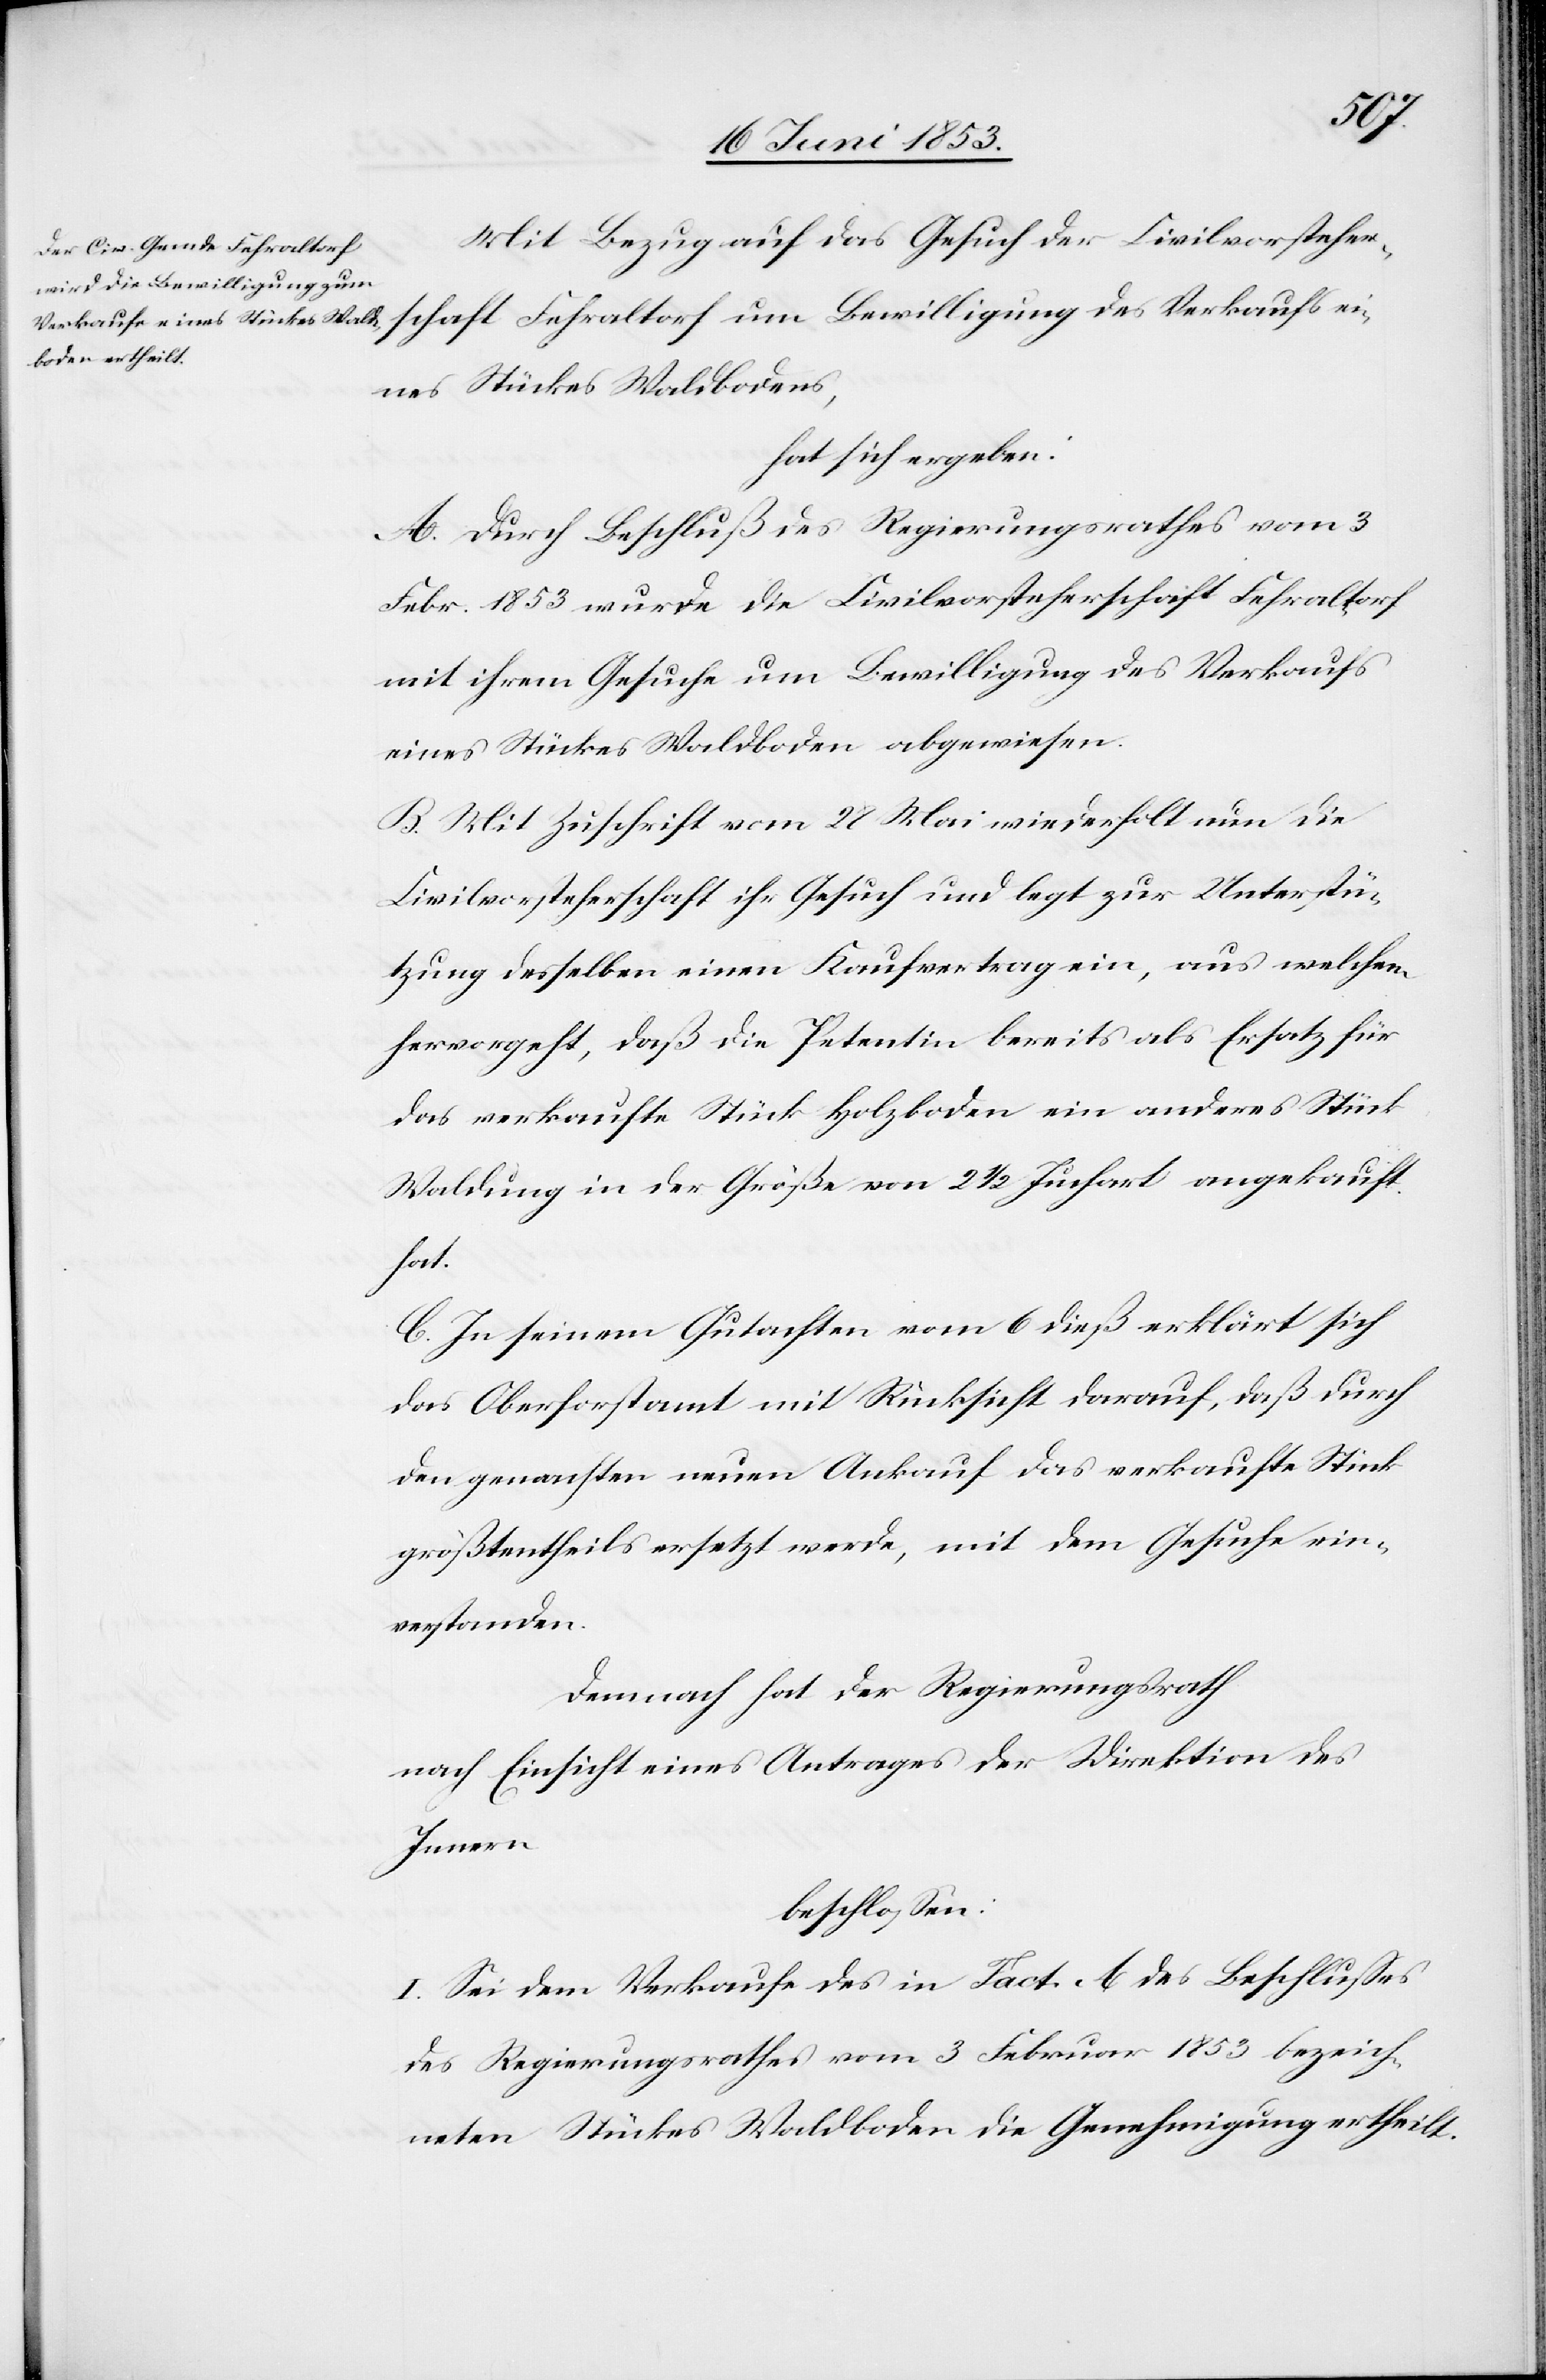
Mit Bezug auf das Gesuch der Civilvorsteher¬
eines Stückes Waldbodens,
hat sich ergeben:
A. Durch Beschluß des Regierungsrathes vom 3
Febr. 1853 wurde die Civilvorsteherschaft Fehraltorf
mit ihrem Gesuche um Bewilligung des Verkaufs
eines Stückes Waldboden abgewiesen.
B. Mit Zuschrift vom 28 Mai wiederholt nun die
Civilvorsteherschaft ihr Gesuch und legt zur Unterstü¬
tzung desselben einen Kaufvertrag ein, aus welchem
hervorgeht, daß die Petentin bereits als Ersatz für
das verkaufte Stück Holzboden ein anderes Stück
Waldung in der Größe von 2 1/2 Juchart angekauft
hat.
C. In seinem Gutachten vom 6 dieß erklärt sich
das Oberforstamt mit Rücksicht darauf, daß durch
den gemachten neuen Ankauf das verkaufte Stück
größtentheils ersetzt werde, mit dem Gesuche ein¬
verstanden.
Demnach hat der Regierungsrath
nach Einsicht eines Antrages der Direktion des
Innern
beschloßen:
I. Sei dem Verkaufe des in Fact. A. des Beschlußes
des Regierungsrathes vom 3 Februar 1853 bezeich¬
neten Stückes Waldboden die Genehmigung ertheilt.